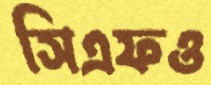
সিএফও